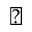
\sun